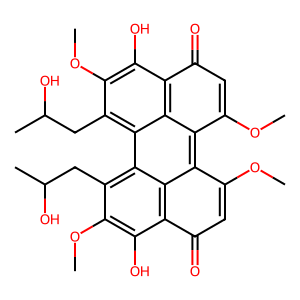
SMILES: COc1c(O)c2c(=O)cc(OC)c3c4c(OC)cc(=O)c5c(O)c(OC)c(CC(C)O)c(c(c1CC(C)O)c23)c54
Inhibits HIV replication: No